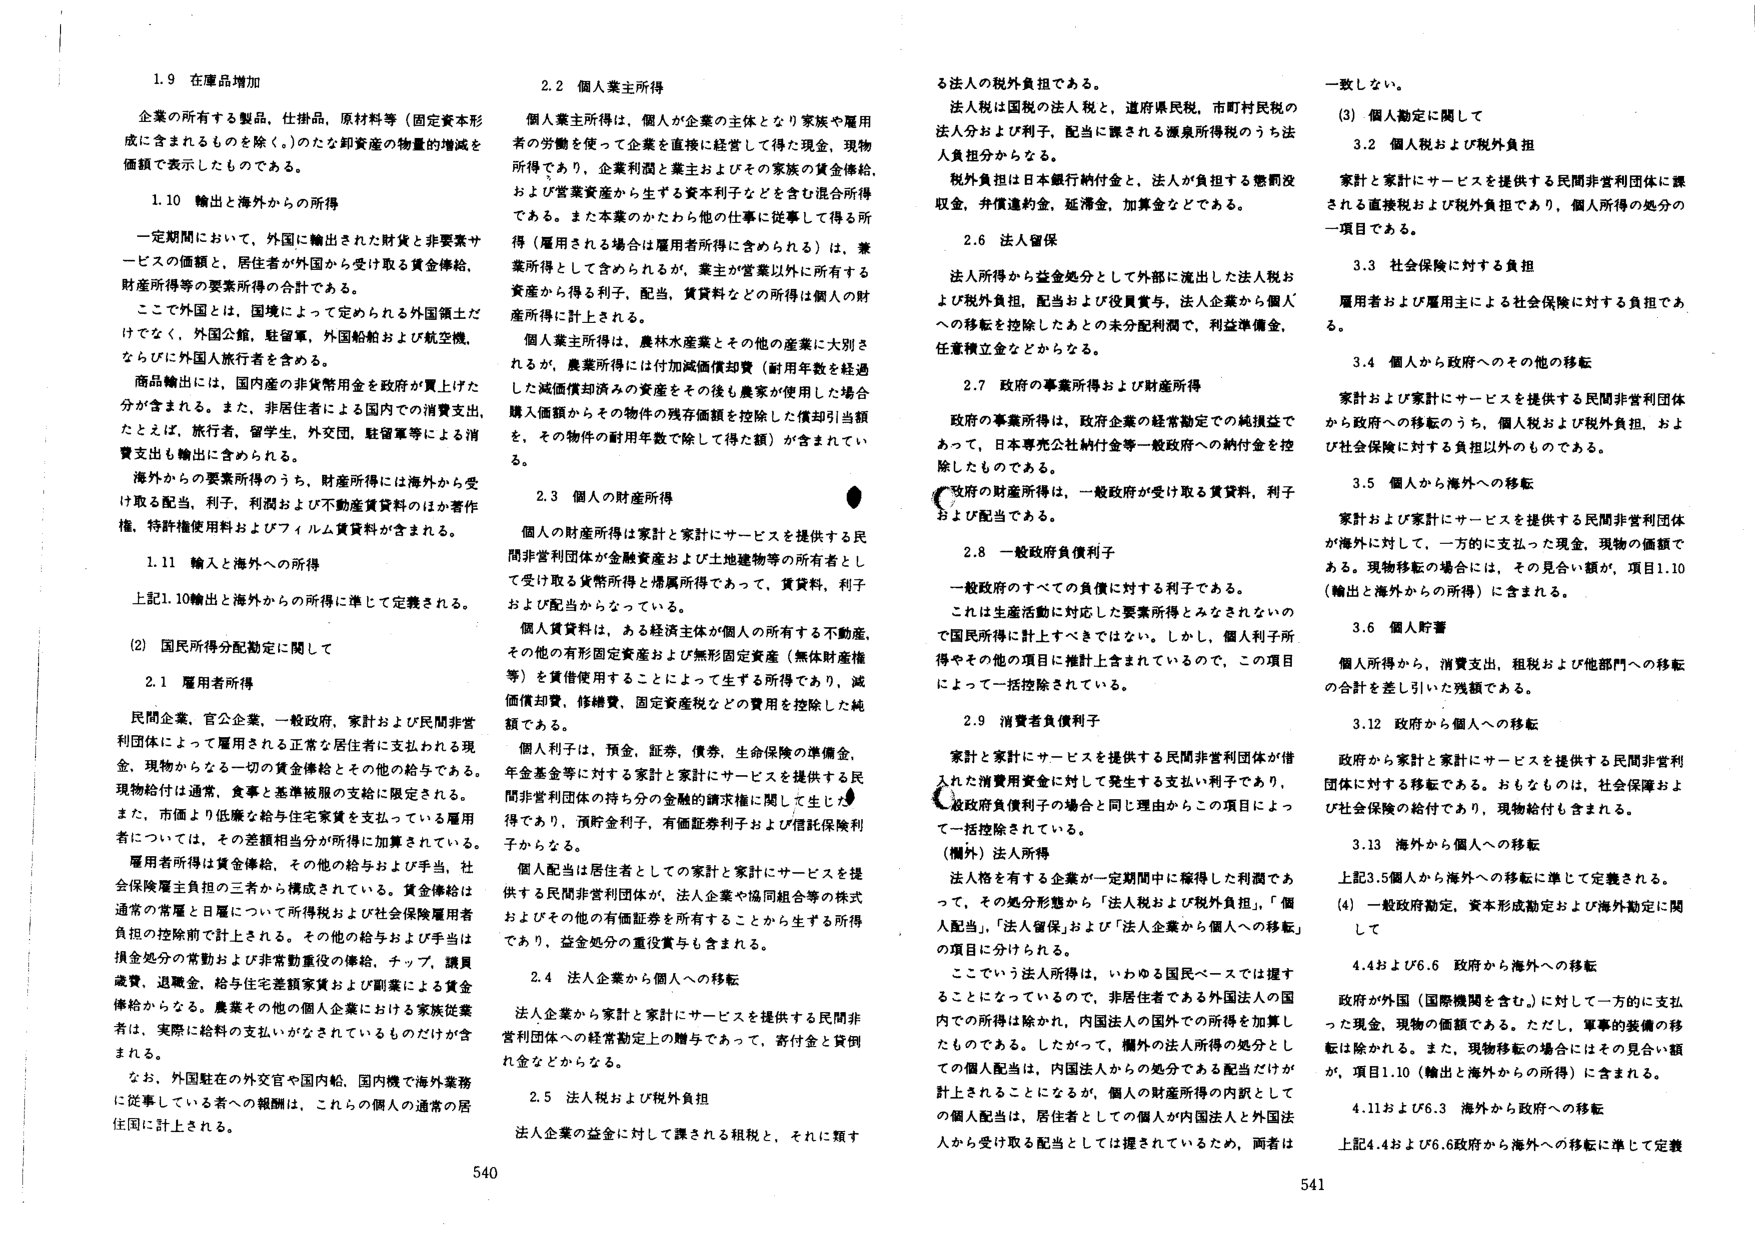
1.9 在庫品増加
企業の所有する製品、仕掛品、原材料等（固定資本形成に含まれるものを除く。）のたな卸資産の物量的増減を価額で表示したものである。

1.10 輸出と海外からの所得
一定期間において、外国に輸出された財貨と非要素サービスの価額と、居住者が外国から受け取る賃金俸給、財産所得等の要素所得の合計である。
ここで外国とは、国境によって定められる外国領土だけでなく、外国公館、駐留軍、外国船舶および航空機、ならびに外国人旅行者を含める。
商品輸出には、国内産の非貨幣用金を政府が買上げた分が含まれる。また、非居住者による国内での消費支出、たとえば、旅行者、留学生、外交団、駐留軍等による消費支出も輸出に含められる。
海外からの要素所得のうち、財産所得には海外から受け取る配当、利子、利潤および不動産賃貸料のほか著作権、特許権使用料およびフィルム賃貸料が含まれる。

1.11 輸入と海外への所得
上記1.10輸出と海外からの所得に準じて定義される。

(2) 国民所得分配勘定に関して

2.1 雇用者所得
民間企業、官公企業、一般政府、家計および民間非営利団体によって雇用される正常な居住者に支払われる現金、現物からなる一切の賃金俸給とその他の給与である。現物給付は通常、食事と基本被服の支給に限定される。また、市価より低廉な給与住宅家賃を支払っている雇用者については、その差額相当分が所得に加算されている。
雇用者所得は賃金俸給、その他の給与および手当、社会保険雇主負担の三者から構成されている。賃金俸給は通常の常雇と日雇について所得税および社会保険雇用者負担の控除前で計上される。その他の給与および手当は損金処分の常勤および非常勤重役の俸給、チップ、購買歳費、退職金、給与住宅差額家賃および副業による賃金俸給からなる。農業その他の個人企業における家族従業者は、実際に給料の支払いがなされているものだけが含まれる。
なお、外国駐在の外交官や国内船、国内機で海外業務に従事している者への報酬は、これらの個人の通常の居住国に計上される。

2.2 個人業主所得
個人業主所得は、個人が企業の主体となり家族や雇用者の労働を使って企業を直接に経営して得た現金、現物所得であり、企業利益と業主およびその家族の賃金俸給、および営業資産から生ずる資本利子などを含む混合所得である。また本業のかたわら他の仕事に従事して得る所得（雇用される場合は雇用者所得に含められる）は、兼業所得として含められるが、業主が営業以外に所有する資産から得る利子、配当、賃貸料などの所得は個人の財産所得に計上される。
個人業主所得は、農林水産業とその他の産業に大別されるが、農業所得には付加減価償却費（耐用年数を経過した減価償却済みの資産をその後も農家が使用した場合購入価額からその物件の残存価額を控除した償却引当額を、その物件の耐用年数で除して得た額）が含まれている。

2.3 個人の財産所得
個人の財産所得は家計と家計にサービスを提供する民間非営利団体が金融資産および土地建物等の所有者として受け取る貨幣所得と帰属所得であって、賃貸料、利子および配当からなっている。
個人賃貸料は、ある経済主体が個人の所有する不動産、その他の有形固定資産および無形固定資産（無体財産権等）を賃借使用することによって生ずる所得であり、減価償却費、修繕費、固定資産税などの費用を控除した純額である。
個人利子は、預金、証券、債券、生命保険の準備金、年金基金等に対する家計と家計にサービスを提供する民間非営利団体の持ち分の金融的請求権に関して生じた得であり、預貯金利子、有価証券利子および信託保険利子からなる。
個人配当は居住者としての家計と家計にサービスを提供する民間非営利団体が、法人企業や協同組合等の株式およびその他の有価証券を所有することから生ずる所得であり、益金処分の配当金も含まれる。

2.4 法人企業から個人への移転
法人企業から家計と家計にサービスを提供する民間非営利団体への経常勘定上の贈与であって、寄付金と貸倒れ金などからなる。

2.5 法人税および税外負担
法人企業の益金に対して課される租税と、それに類する法人の税外負担である。
法人税は国税の法人税と、道府県民税、市町村民税の法人分および利子、配当に課される源泉所得税のうち法人負担分からなる。
税外負担は日本銀行納付金と、法人が負担する懲罰没収金、弁償違約金、延滞金、加算金などを含む。

2.6 法人留保
法人所得から益金処分として外部に流出した法人税および税外負担、配当および役員賞与、法人企業から個人への移転を控除したあとの未分配利潤で、利益準備金、任意積立金などからなる。

2.7 政府の事業所得および財産所得
政府の事業所得は、政府企業の経常勘定での純損益であって、日本専売公社納付金等一般政府への納付金を控除したものである。
政府の財産所得は、一般政府が受け取る賃貸料、利子および配当である。

2.8 一般政府負債利子
一般政府のすべての負債に対する利子である。
これは生産活動に対応した要素所得とみなされないので国民所得に計上すべきではない。しかし、個人利子所得やその他の項目に推計上含まれているので、この項目によって一括控除されている。

2.9 消費者負債利子
家計と家計にサービスを提供する民間非営利団体が借入れた消費用資金に対して発生する支払い利子であり、一般政府負債利子の場合と同じ理由からこの項目によって一括控除される。

（欄外）法人所得
法人格を有する企業が一定期間中に稼得した利潤であって、その処分形態から「法人税および税外負担」、「個人配当」、「法人留保」および「法人企業から個人への移転」の項目に分けられる。
ここでいう法人所得は、いわゆる国民ベースでは還することになっているので、非居住者である外国法人の国内での所得は除かれ、内国法人の国外での所得を加算したものである。したがって、国外の法人所得の処分としての個人配当は、内国法人からの処分である配当だけが計上されることになるが、個人の財産所得の内訳としての個人配当は、居住者としての個人が内国法人と外国法人から受け取る配当としては摆されているため、両者は一致しない。

(3) 個人勘定に関して

3.2 個人税および税外負担
家計と家計にサービスを提供する民間非営利団体に課される直接税および税外負担であり、個人所得の処分の一つ項目である。

3.3 社会保険に対する負担
雇用者および雇用主による社会保険に対する負担である。

3.4 個人から政府へのその他の移転
家計および家計にサービスを提供する民間非営利団体から政府への移転のうち、個人税および税外負担、および社会保険に対する負担以外のものである。

3.5 個人から海外への移転
家計および家計にサービスを提供する民間非営利団体が海外に対して、一方的に支払った現金、現物の価額である。現物移転の場合には、その見合い額が、項目1.10（輸出と海外からの所得）に含まれる。

3.6 個人貯蓄
個人所得から、消費支出、租税および他部門への移転の合計を差し引いた残額である。

3.12 政府から個人への移転
政府から家計と家計にサービスを提供する民間非営利団体に対する移転である。おもなものは、社会保障および社会保険の給付であり、現物給付も含まれる。

3.13 海外から個人への移転
上記3.5個人から海外への移転に準じて定義される。

(4) 一般政府勘定、資本形成勘定および海外勘定に関して

4.4および6.6 政府から海外への移転
政府が外国（国際機関を含む。）に対して一方的に支払った現金、現物の価額である。ただし、軍事的装備の移転は除かれる。また、現物移転の場合にはその見合い額が、項目1.10（輸出と海外からの所得）に含まれる。

4.11および6.3 海外から政府への移転
上記4.4および6.6政府から海外への移転に準じて定義

540
541